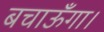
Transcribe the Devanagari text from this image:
बचाऊँगा।